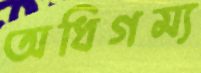
অধিগম্য